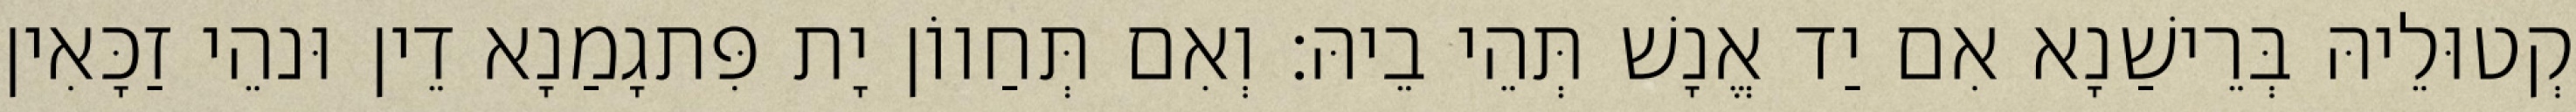
קְטוּלֵיהּ בְּרֵישַׁנָא אִם יַד אֱנָשׁ תְּהֵי בֵיהּ׃ וְאִם תְּחַווֹן יָת פִּתגָמַנָא דֵין וּנהֵי זַכָּאִין